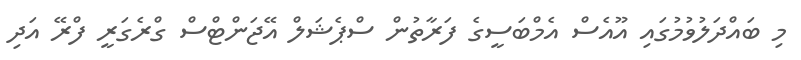
މި ބައްދަލުވުމުގައި އޫއެސް އެމްބަސީގެ ފަރާތުން ސްޕެޝަލް އޭޖަންޓްސް ގްރެގަރީ ފްރޭ އަދި